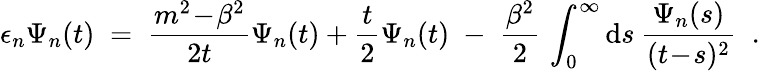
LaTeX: \epsilon_{n}\Psi_{n}(t)\; =\; \frac{m^{2}\! -\! \beta^{2}}{2t}\Psi_{n}(t)+\frac{t}{2}\Psi_{n}(t)\; -\; \frac{\beta^{2}}{2}\, \int_{0}^{\infty}\mathrm{d}s\: \frac{\Psi_{n}(s)}{(t\! -\! s)^{2}}\; \; .